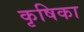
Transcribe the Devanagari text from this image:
कृषिका